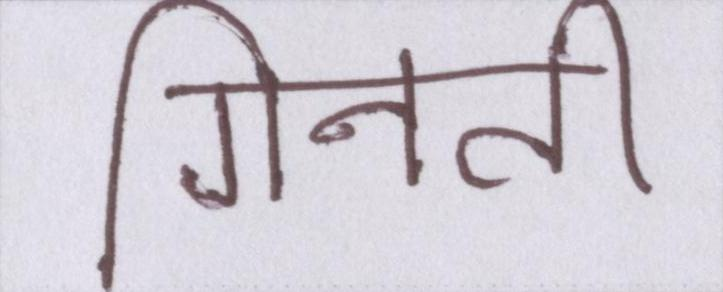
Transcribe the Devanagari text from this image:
गिनती